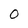
Character: 0